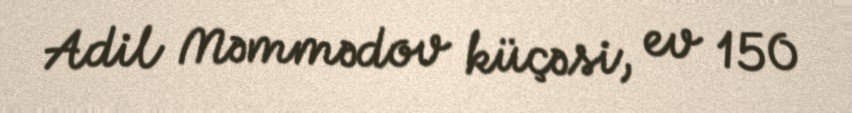
Adil Məmmədov küçəsi, ev 150